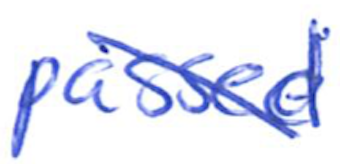
Text: passed
Cross-out: diagonal
Writing tool: ballpoint